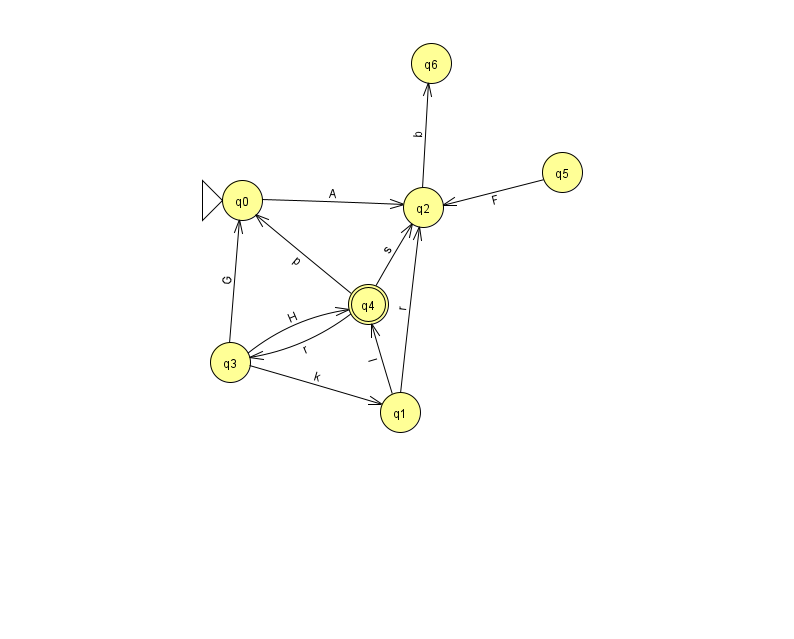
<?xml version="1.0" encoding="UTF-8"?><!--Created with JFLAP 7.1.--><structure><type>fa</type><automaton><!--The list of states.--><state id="0" name="q0"><x>242.0</x><y>187.0</y><initial/></state><state id="1" name="q1"><x>400.0</x><y>399.0</y></state><state id="2" name="q2"><x>423.0</x><y>194.0</y></state><state id="3" name="q3"><x>230.0</x><y>349.0</y></state><state id="4" name="q4"><x>368.0</x><y>291.0</y><final/></state><state id="5" name="q5"><x>562.0</x><y>159.0</y></state><state id="6" name="q6"><x>431.0</x><y>50.0</y></state><!--The list of transitions.--><transition><from>4</from><to>0</to><read>p</read></transition><transition><from>3</from><to>4</to><read>H</read></transition><transition><from>3</from><to>1</to><read>k</read></transition><transition><from>3</from><to>0</to><read>G</read></transition><transition><from>2</from><to>6</to><read>b</read></transition><transition><from>0</from><to>2</to><read>A</read></transition><transition><from>1</from><to>4</to><read>l</read></transition><transition><from>4</from><to>3</to><read>r</read></transition><transition><from>1</from><to>2</to><read>r</read></transition><transition><from>4</from><to>2</to><read>s</read></transition><transition><from>5</from><to>2</to><read>F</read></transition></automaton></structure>